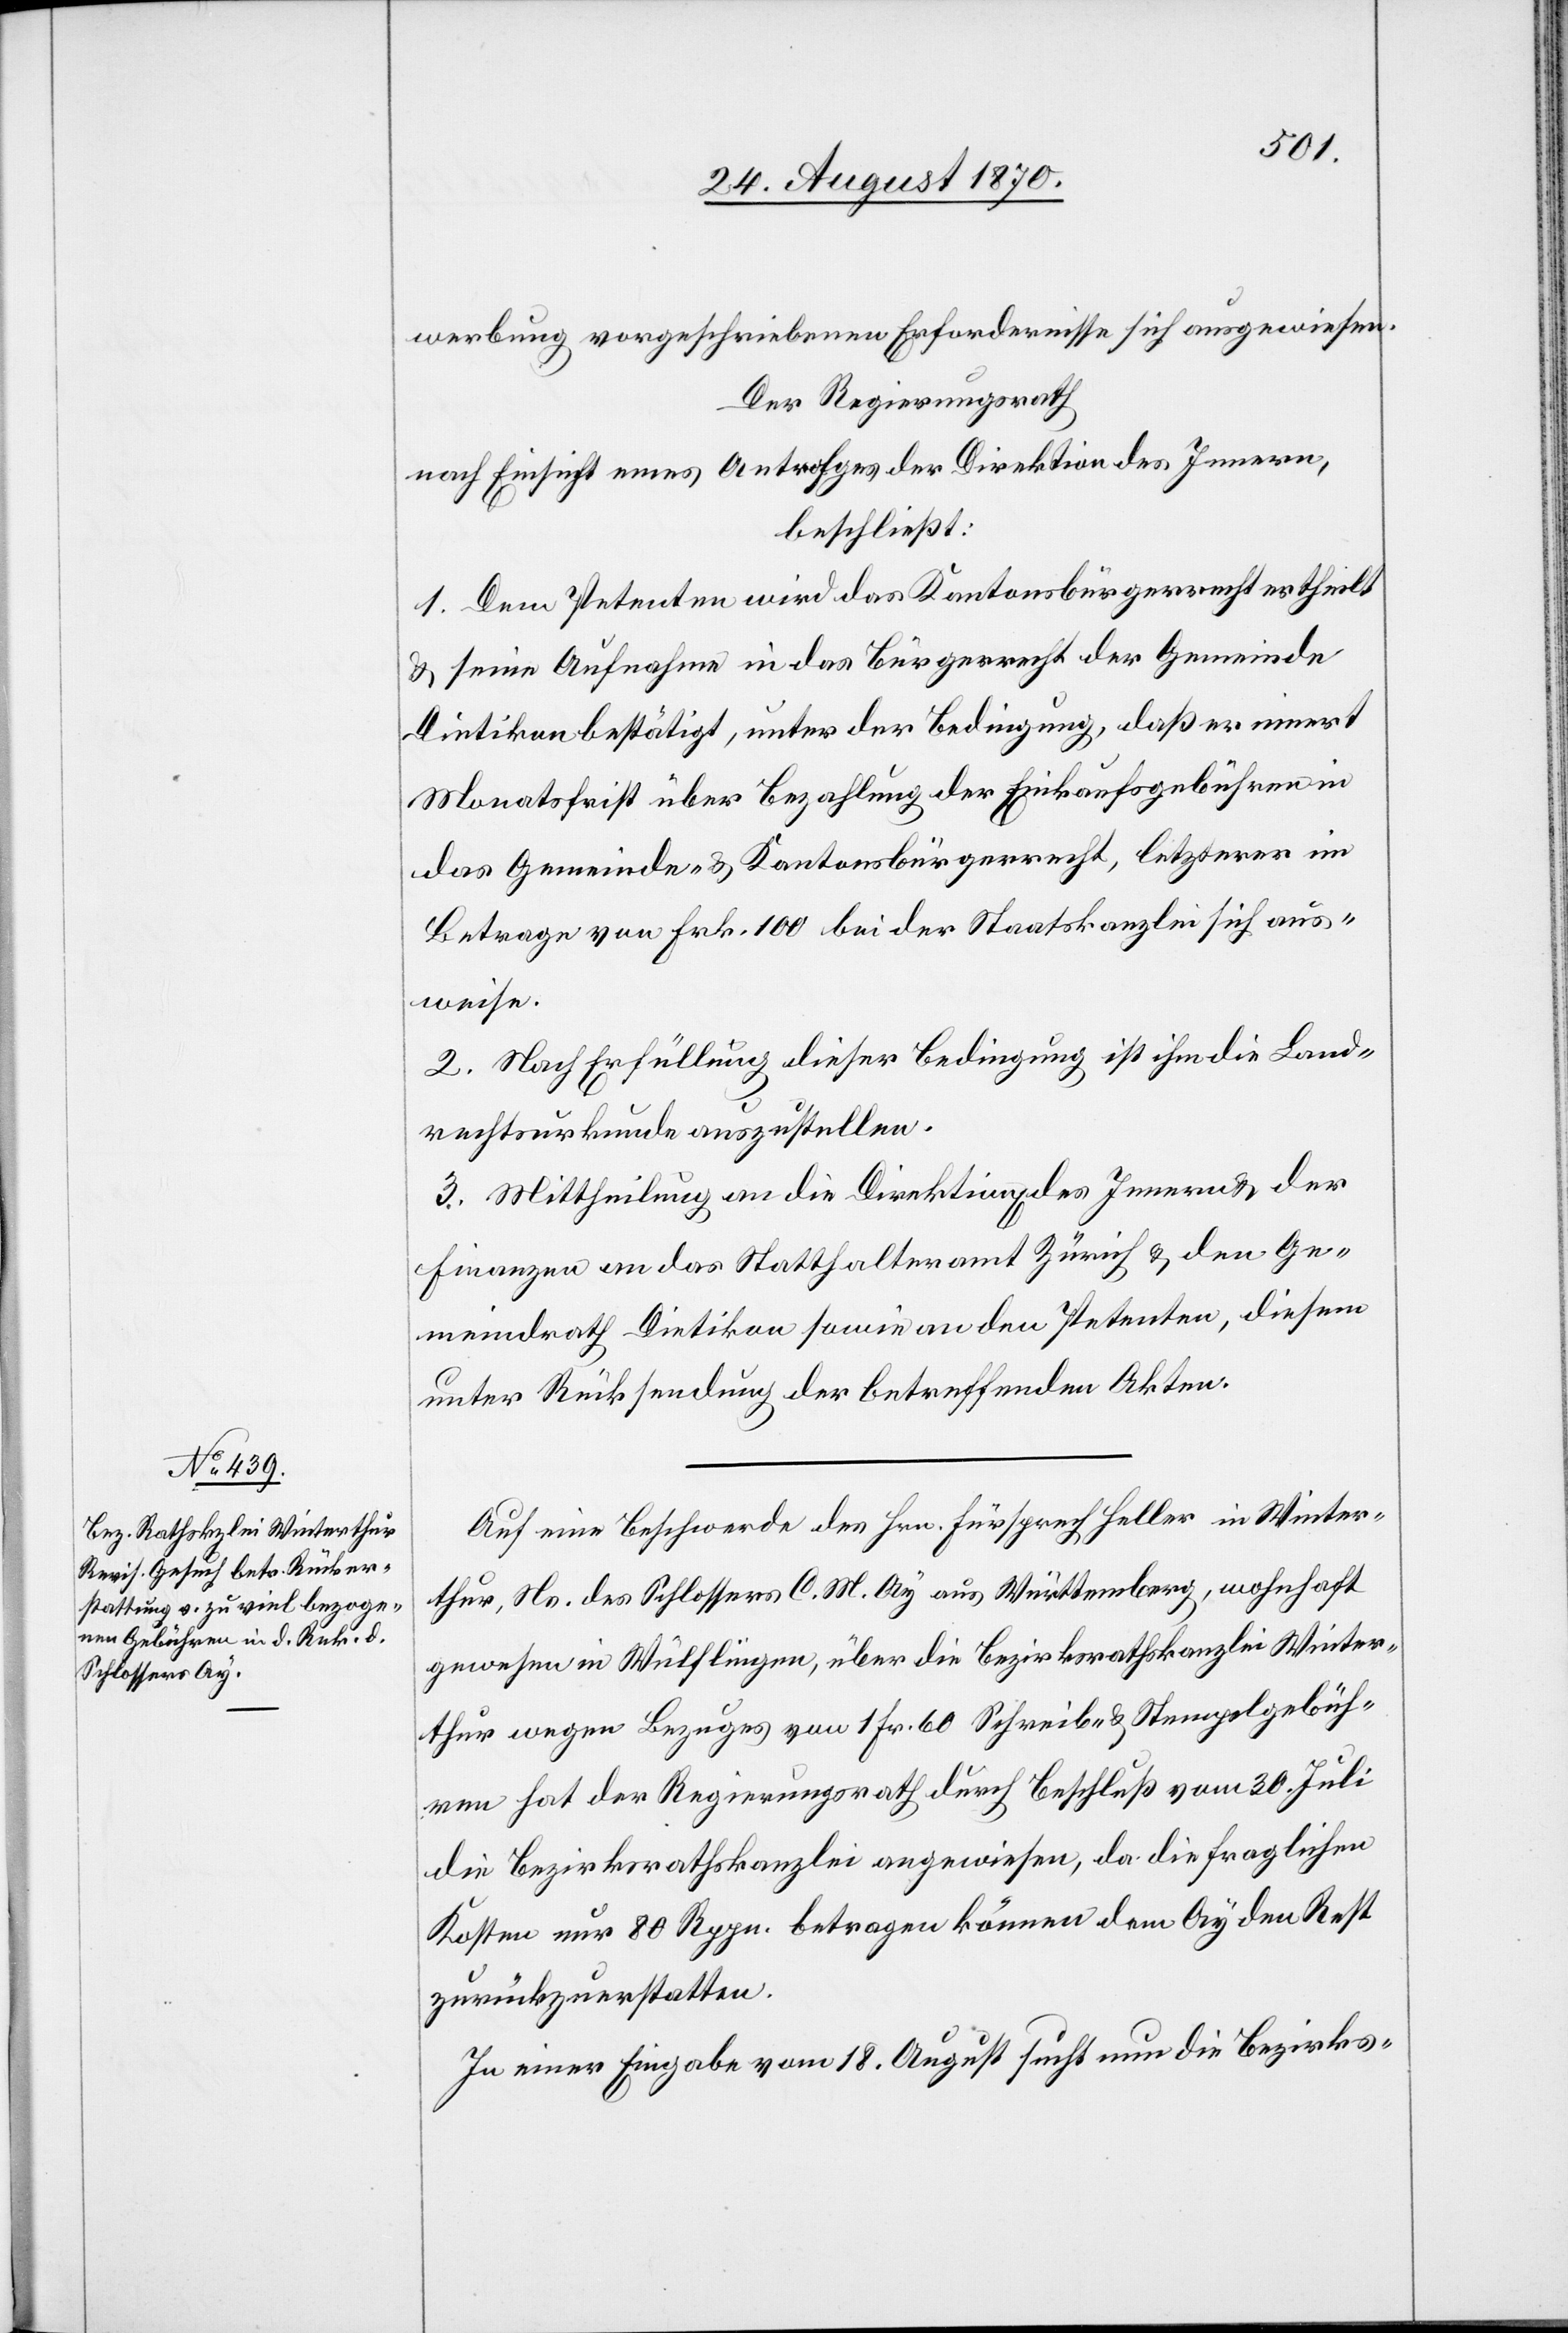
werbung vorgeschriebenen Erfordernisse sich ausgewiesen.
Der Regierungsrath
nach Einsicht eines Antrages der Direktion des Innern,
beschließt:
1. Dem Petenten wird das Kantonsbürgerrecht ertheilt
& seine Aufnahme in das Bürgerrecht der Gemeinde
Dietikon bestätigt, unter der Bedingung, daß er innert
Monatsfrist über Bezahlung der Einkaufsgebühren in
das Gemeinde- & Kantonsbürgerrecht, letzterer im
Betrage von Frk. 100 bei der Staatskanzlei sich aus¬
weise.
2. Nach Erfüllung dieser Bedingung ist ihm die Land¬
rechtsurkunde auszustellen.
3. Mittheilung an die Direktion[en] des Innern & der
Finanzen an das Statthalteramt Zürich & den Ge¬
meindrath Dietikon sowie an den Petenten, diesem
unter Rücksendung der betreffenden Akten.
Auf eine Beschwerde des Hrn. Fürsprech Heller in Winter¬
thur, Ns. des Schlossers C. M. Ay aus Württemberg, wohnhaft
gewesen in Wülflingen, über die Bezirksrathskanzlei Winter¬
thur wegen Bezuges von 1 Fr. 60 Schreib- & Stempelgebüh¬
ren hat der Regierungsrath durch Beschluß vom 30. Juli
die Bezirksrathskanzlei angewiesen, da die fraglichen
Kosten nur 80 Rppn. betragen können dem Ay den Rest
zurückzuerstatten.
In einer Eingabe vom 18. August sucht nun die Bezirks-